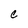
Character: c